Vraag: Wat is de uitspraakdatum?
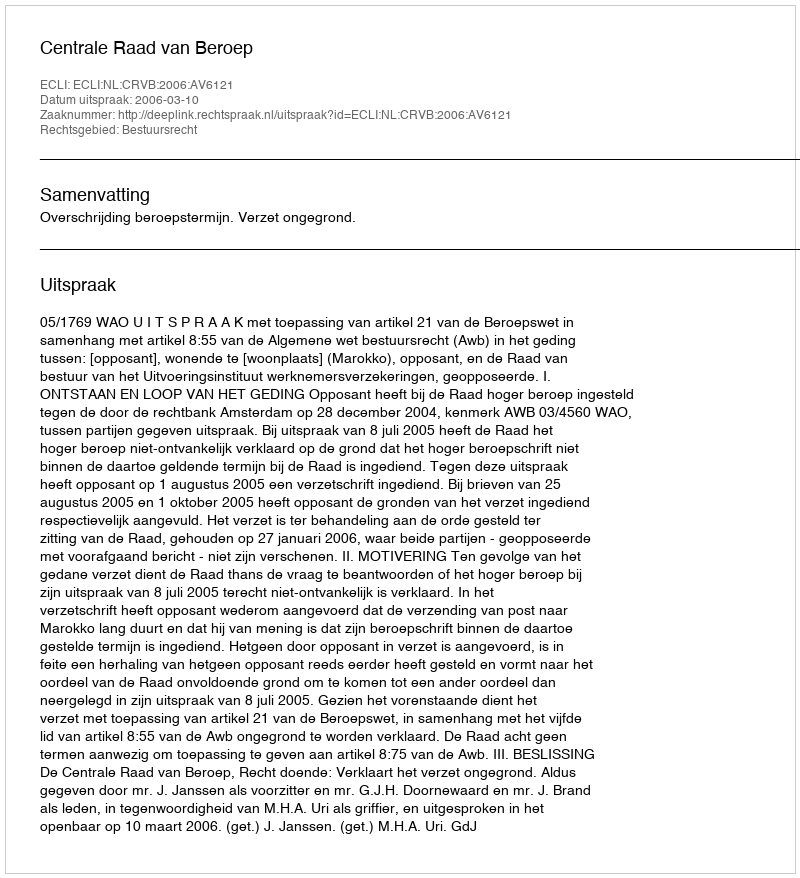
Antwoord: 2006-03-10